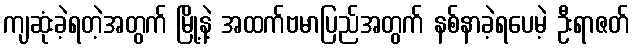
ကျဆုံးခဲ့ရတဲ့အတွက် မြို့နဲ့ အထက်ဗမာပြည်အတွက် နစ်နာခဲ့ရပေမဲ့ ဦးရာဇတ်